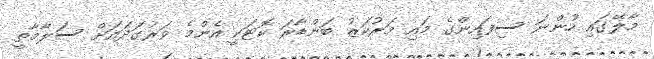
މާލޭގައި ހުންނަ ސިފައިންގެ މައި މަރުކަޒު ބަންޑާރަ ކޮޓަކީ އެންމެ ވަރުގަދައަށް ސަލާމާތީ